Statistical return of the lunatic asylum in Assam - 1912-1932
Year: 1912
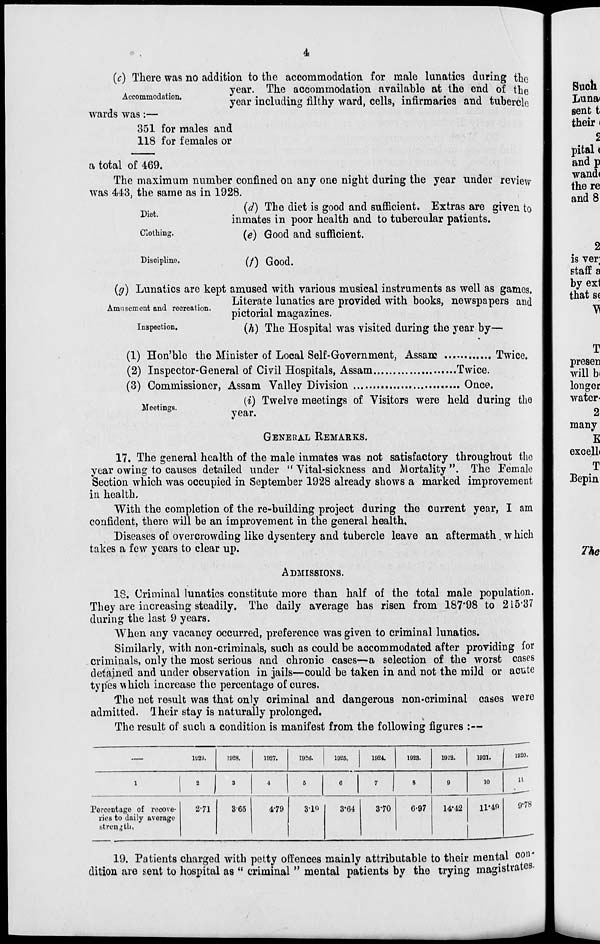
•
4.
(c) There was no addition to the accommodation for male lunatics during the
, .
year. The accommodation available at the end of the
Accommodation.
wards was:—
351 for males and
118 for females or
year including filthy ward, cells, infirmaries and tubercle
a total of 469.
The maximum number confined on any one night during the year under review
was 443, the same as in 1928.
(d) The diet is good and sufficient. Extras are given to
inmates in poor health and to tubercular patients.
(e) Good and sufficient.
Diet.
Clothing.
Discipline.
(/) Good.
(g) Lunatics are kept amused with various musical instruments as well as games.
Literate lunatics are provided with books, newspapers and
Amusement and recreation.
Inspection.
pictorial magazines.
(h) The Hospital was visited during the year by—
(1) Hon'ble the Minister of Local Self-Government, Assam
Twice.
(2) Inspector-General of Civil Hospitals, Assam
Twice.
(3) Commissioner, Assam Valley Division
Once.
(i) Twelve meetings of Visitors were held during the
year.
GENERAL REMARKS.
Meetings.
17. The general health of the male inmates was not satisfactory throughout the
year owing to causes detailed under "Vital-sickness and Mortality". The Female
Section which was occupied in September 1928 already shows a marked improvement
in health.
With the completion of the re-building project during the current year, I am
confident, there will be an improvement in the general health.
Diseases of overcrowding like dysentery and tubercle leave an aftermath .which
takes a few years to clear up.
ADMISSIONS.
18. Criminal lunatics constitute more than half of the total male population.
They are increasing steadily. The daily average has risen from 187*98 to 215*37
during the last 9 years.
When any vacancy occurred, preference was given to criminal lunatics.
Similarly, with non-criminals, such as could be accommodated after providing for
criminals, only the most serious and chronic cases—a selection of the worst cases
detained and under observation in jails—could be taken in and not the mild or acute
types which increase the percentage of cures.
The net result was that only criminal and dangerous non-criminal cases were
admitted, lheir stay is naturally prolonged.
The result of such a condition is manifest from the following figures :—
—
1029.
1028.
1927.
1920.
1925.
1924.
1923.
1922.
1921.
1
2
3
4
5
6
7
8
9
10
Percentage of recove-
ries to daily average
strength,
2-71
365
4-79
3-1Q
3-64
3*70
6-97
14'42
11-49
__
1020.
11
9'78
19. Patients charged with petty offences mainly attributable to their mental con-
dition are sent to hospital as " criminal " mental patients by the trying magistrates